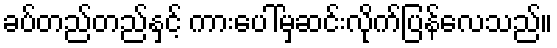
ခပ်တည်တည်နှင့် ကားပေါ်မှဆင်းလိုက်ပြန်လေသည်။